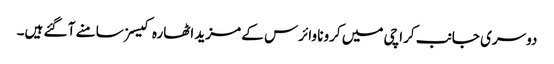
دوسری جانب کراچی میں کرونا وائرس کے مزید اٹھارہ کیسز سامنے آ گئے ہیں۔